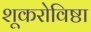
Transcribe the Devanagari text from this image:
शूकरोविष्ठा